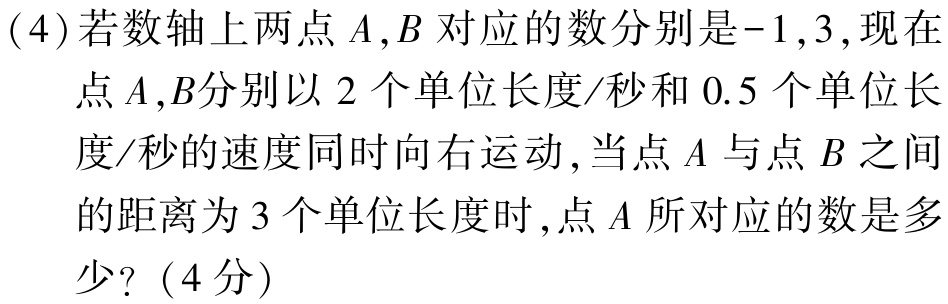
(4)若数轴上两点\(A,B\)对应的数分别是\(-1,3\)，现在点\(A,B\)分别以\(2\)个单位长度/秒和\(0.5\)个单位长度/秒的速度同时向右运动，当点\(A\)与点\(B\)之间的距离为\(3\)个单位长度时，点\(A\)所对应的数是多少？（4分）